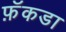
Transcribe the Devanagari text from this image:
फ़ॅकडा